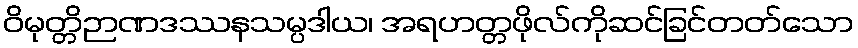
ဝိမုတ္တိဉာဏဒဿနသမ္ပဒါယ၊ အရဟတ္တဖိုလ်ကိုဆင်ခြင်တတ်သော